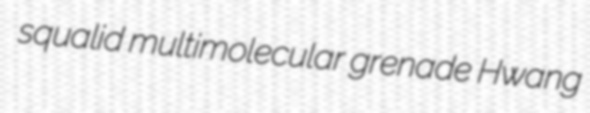
squalid multimolecular grenade Hwang